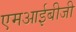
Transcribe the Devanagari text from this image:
एमआईबीजी